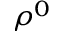
\rho ^ { 0 }